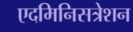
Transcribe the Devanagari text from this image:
एदमिनिसत्रेशन